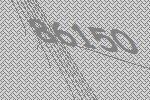
86150